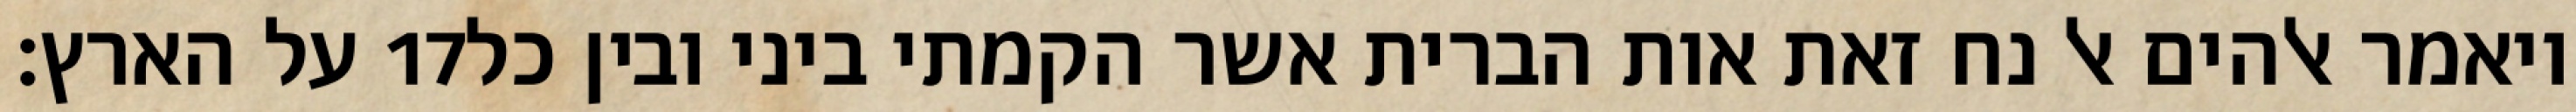
על הארץ׃ ‎17‏ ויאמר אלהים אל נח זאת אות הברית אשר הקמתי ביני ובין כל